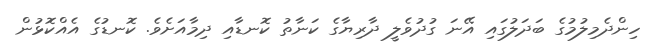
ހިންދެމިލުމުގެ ބަދަލުގައި އޭނަ ގުދުވެލީ ދާރިޔާގެ ކަނާތު ކޮނޑާއި ދިމާއަށެވެ. ކޮނޑުގެ އެއްކޮޅުން